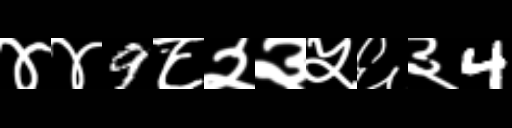
Text: ४४9८२३५६३4